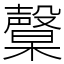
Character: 𣫙